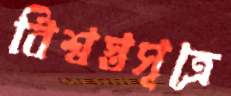
বিশ্বস্তসূত্রে